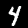
Digit: 4